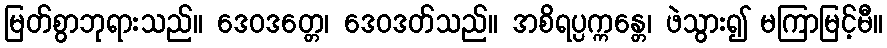
မြတ်စွာဘုရားသည်။ ဒေဝဒတ္တေ၊ ဒေဝဒတ်သည်။ အစိရပ္ပက္ကန္တေ၊ ဖဲသွား၍ မကြာမြင့်မီ။